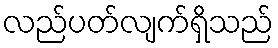
လည်ပတ်လျက်ရှိသည်